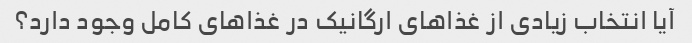
آیا انتخاب زیادی از غذاهای ارگانیک در غذاهای کامل وجود دارد؟